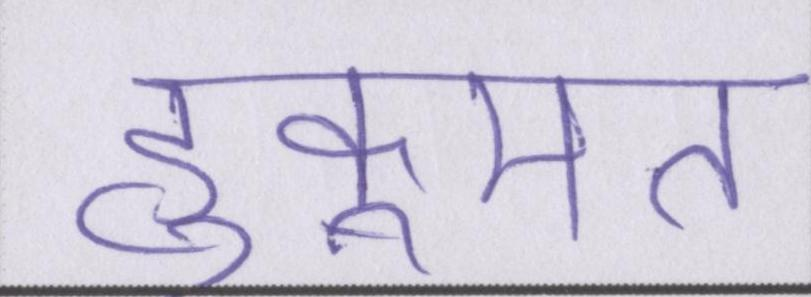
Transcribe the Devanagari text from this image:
हुकूमत